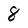
Character: 8